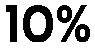
10%